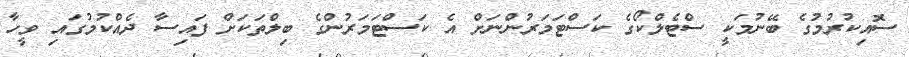
ސޮއިކުރުމުގެ ބޭނުމަކީ ސްޓެލްކޯގެ ކަސްޓަމަރުންނަށް އެ ކަސްޓަމަރުންގެ ބިލްތަކަށް ފައިސާ ދެއްކުމުގައި ވީހާ